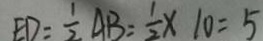
E D = \frac { 1 } { 2 } A B = \frac { 1 } { 2 } \times 1 0 = 5